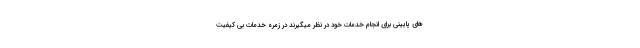
های پایینی برای انجام خدمات خود در نظر میگیرند در زمره خدمات بی کیفیت